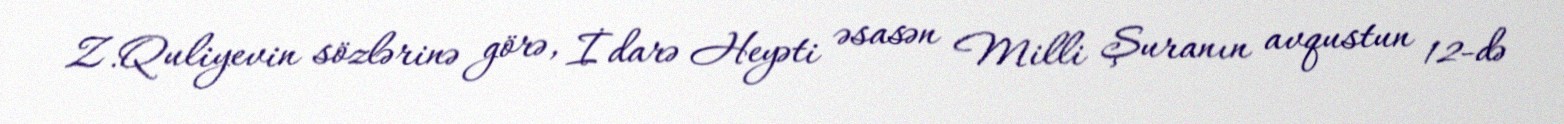
Z.Quliyevin sözlərinə görə, İdarə Heyəti əsasən Milli Şuranın avqustun 12-də